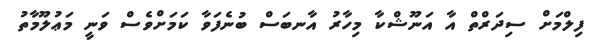
ފިލްމަށް ސިދަރްތް އާ އަނޫޝްކާ މިހާރު އާނބަސް ބުނެފަވާ ކަމަށްވެސް ވަނީ މަޢުލޫމާތު